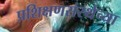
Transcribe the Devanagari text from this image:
प्रशिक्षणसंस्थेच्या